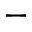
^ -